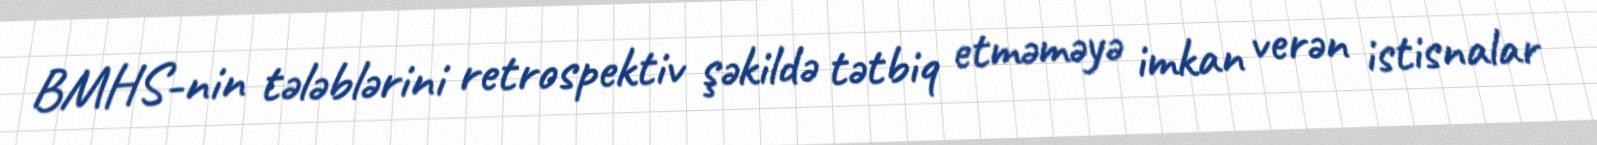
BMHS-nin tələblərini retrospektiv şəkildə tətbiq etməməyə imkan verən istisnalar